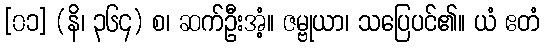
[၀၁] (နိ၊ ၃၆၄) စ၊ ဆက်ဦးအံ့။ ဇမ္ဗုယာ၊ သပြေပင်၏။ ယံ ဧတံ